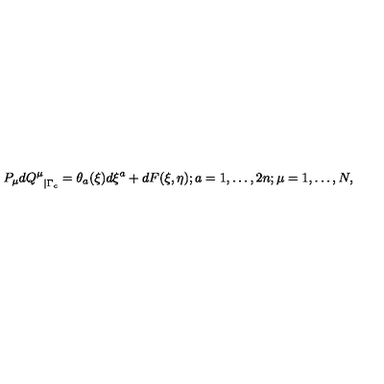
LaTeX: { P _ { \mu } d Q ^ { \mu } } _ { \mid \Gamma _ { c } } = \theta _ { a } ( \xi ) d \xi ^ { a } + d F ( \xi , \eta ) ; a = 1 , \ldots , 2 n ; \mu = 1 , \ldots , N ,